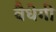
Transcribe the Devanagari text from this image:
वैधेगी